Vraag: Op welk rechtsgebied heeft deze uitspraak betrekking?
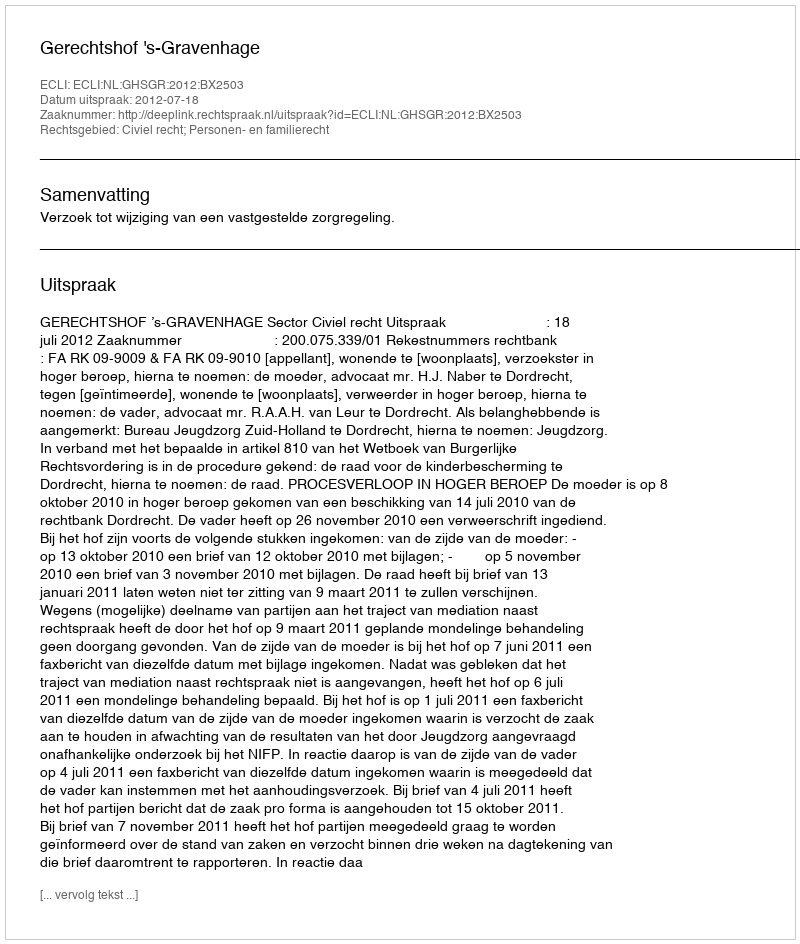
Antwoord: Civiel recht; Personen- en familierecht